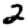
Digit: 2